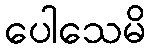
ပေါသေမိ